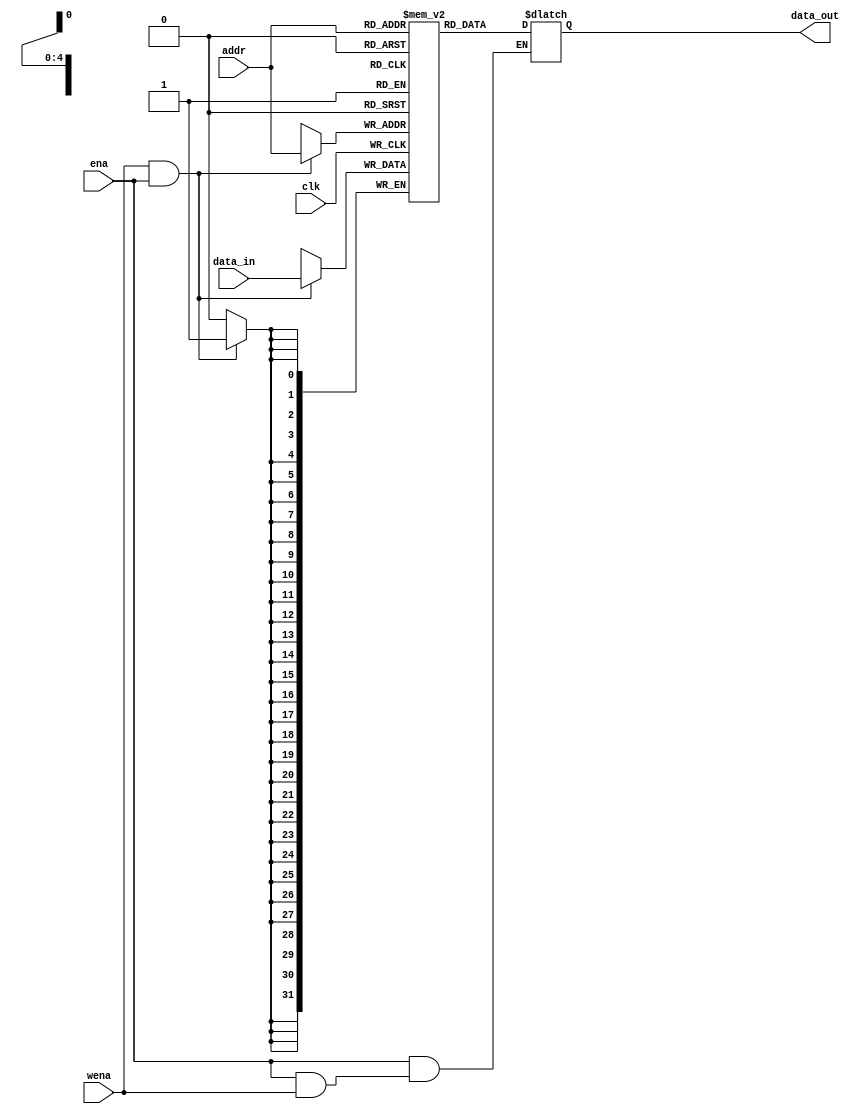
`timescale 1ns / 1ns
//////////////////////////////////////////////////////////////////////////////////
// Company: 
// Engineer: 
// 
// Design Name: 
// Module Name: ram
// Project Name: 
// Target Devices: 
// Tool Versions: 
// Description: 
// 
// Dependencies: 
// 
// Revision:
// Revision 0.01 - File Created
// Additional Comments:
// 
//////////////////////////////////////////////////////////////////////////////////


module ram(
    input clk,//ram
    input ena,//z
    input wena,//
               //ena
    input [4:0] addr,//
    input [31:0] data_in,//clk
    output [31:0] data_out//
    );
    reg [31:0] out;
    reg [31:0]mem[31:0];//1024bit
    always@(*)
    begin
    if(~ena)//ena=0
    out={32{1'bz}};
    else if(~wena)//wena=0
         out=mem[addr];
    end
    always@(posedge clk)
    begin
    if(wena==1&&ena==1)
    mem[addr]=data_in;
    end   
    assign data_out=out;  
endmodule